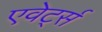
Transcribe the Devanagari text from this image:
एवेर्ट्स